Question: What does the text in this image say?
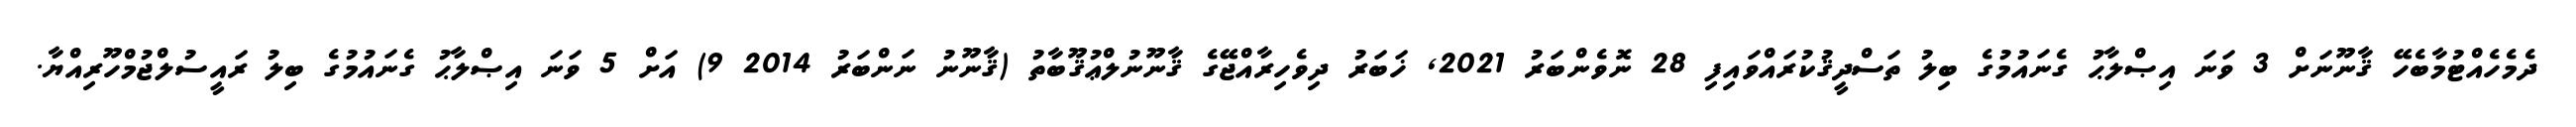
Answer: ދެމެހެއްޓުމާބެހޭ ޤާނޫނަށް 3 ވަނަ އިޞްލާޙު ގެނައުމުގެ ބިލު ތަސްދީޤުކުރައްވައިފި 28 ނޮވެންބަރު 2021, ޚަބަރު ދިވެހިރާއްޖޭގެ ޤާނޫނުލްޢުޤޫބާތު (ޤާނޫނު ނަންބަރު 2014 9) އަށް 5 ވަނަ އިޞްލާޙު ގެނައުމުގެ ބިލު ރައީސުލްޖުމްހޫރިއްޔާ.